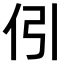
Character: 𠇁